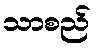
သာစည်